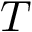
T